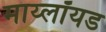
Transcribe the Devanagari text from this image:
माय्लॉयड